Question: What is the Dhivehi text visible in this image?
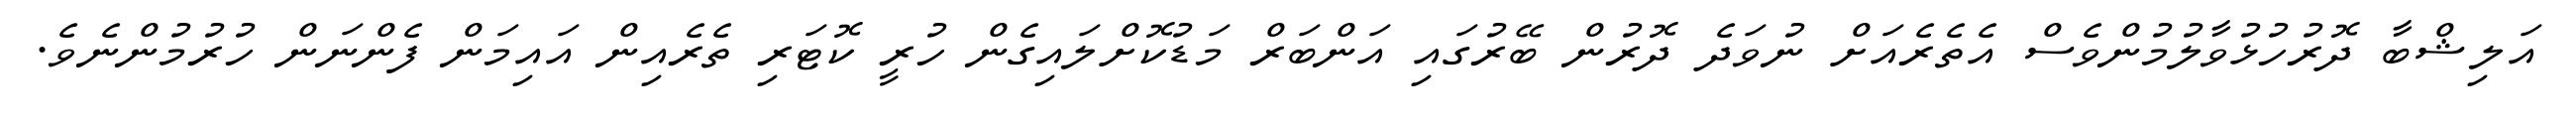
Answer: އަލިޝްބާ ދޮރުހުޅުވާލުމުންވެސް އެތެރެއަށް ނުވަދެ ދޮރުން ބޭރުގައި އަންބަރް މަޑުކޮށްލައިގެން ހުރީ ކޮޓަރި ތެރެއިން އައިމަން ފެންނަން ހުރުމުންނެވެ.